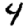
Digit: 4